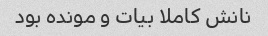
نانش کاملا بیات و مونده بود